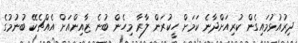
ދިރުއުޅުމައިގެން ކުރިއަށްދާނެ ކަމަށް ހީކުރަން ލާރާ މިހެން ބުނެ ޒާއިންއަށް އެއްޗެކޭ ބުނުމުގެ